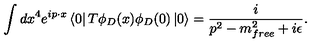
\int d x ^ { 4 } e ^ { i p \cdot x } \left< 0 \right| T \phi _ { D } ( x ) \phi _ { D } ( 0 ) \left| 0 \right> = \frac { i } { p ^ { 2 } - m _ { f r e e } ^ { 2 } + i \epsilon } .